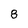
Character: 8